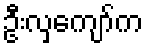
ဦးလှကျော်က